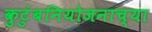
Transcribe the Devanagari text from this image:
कुटुंबनियोजनाच्या